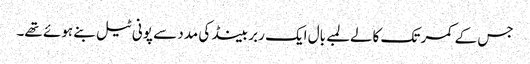
جس کے کمر تک کالےلمبے بال ایک ربر بینڈ کی مدد سے پونی ٹیل بنے ہوئے تھے۔